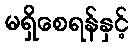
မရှိစေရန်နှင့်